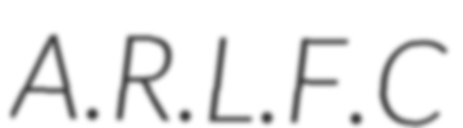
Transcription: A.R.L.F.C